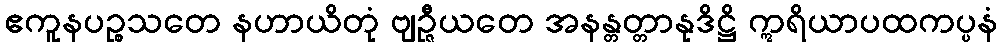
ဧကူနပဉ္စသတေ နဟာယိတုံ ဗျဉ္ဇီယတေ အနန္တတ္တာနုဒိဋ္ဌိ ဣရိယာပထကပ္ပနံ